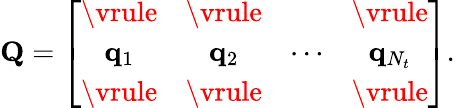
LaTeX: {\mathbf{Q}}=\left[\begin{array}{cccc}{\vrule}&{\vrule}&{}&{\vrule}\\ {{{\mathbf{q}}}_{1}}&{{{\mathbf{q}}}_{2}}&{\cdots}&{{\mathbf{q}}_{N_{t}}}\\ {\vrule}&{\vrule}&{}&{\vrule}\end{array}\right].